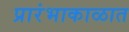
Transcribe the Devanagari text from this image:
प्रारंभाकाळात